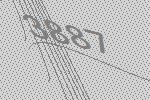
3887